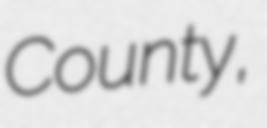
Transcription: County,